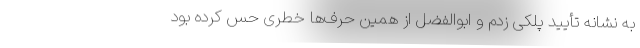
به نشانه تأیید پلکی زدم و ابوالفضل از همین حرف‌ها خطری حس کرده بود